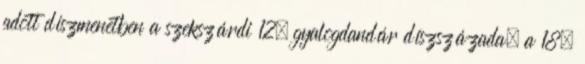
adott díszmenetben a szekszárdi 12. gyalogdandár díszszázada, a 18.